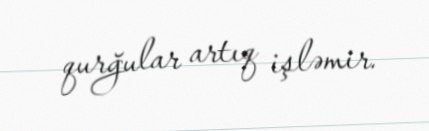
qurğular artıq işləmir.